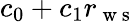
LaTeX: c_{0}+c_{1}r_{\mathrm{~w~s~}}